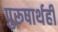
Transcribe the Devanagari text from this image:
पुरूषार्थही